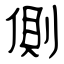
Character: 側